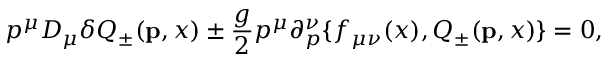
p ^ { \mu } D _ { \mu } \delta Q _ { \pm } ( { \bf p } , x ) \pm { \frac { g } { 2 } } p ^ { \mu } \partial _ { p } ^ { \nu } \{ f _ { \mu \nu } ( x ) , Q _ { \pm } ( { \bf p } , x ) \} = 0 ,